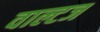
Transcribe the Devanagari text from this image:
वाल्टज